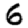
Digit: 6